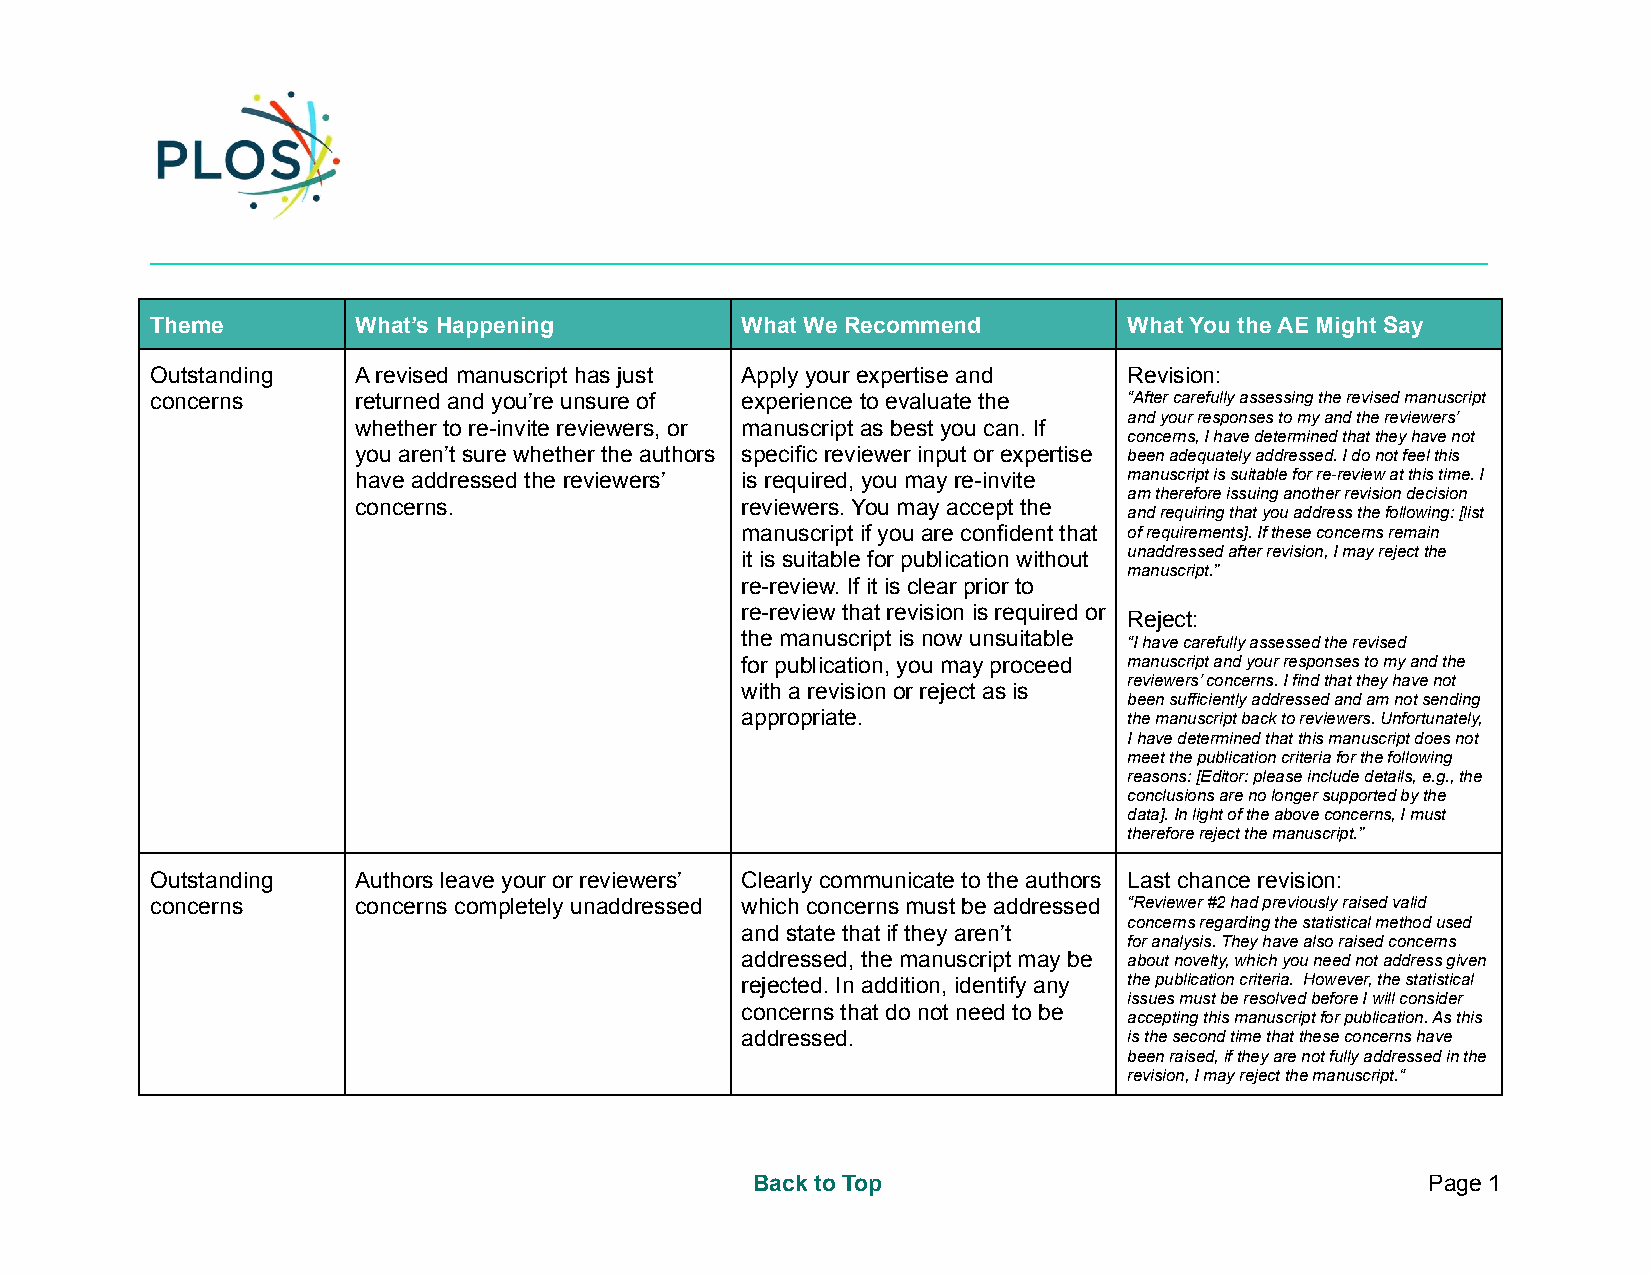
_________________________________________________________________________________________________________
 Theme        What’s Happening          What We Recommend         What You the AE Might Say
 Outstanding  A revised manuscript has just Apply your expertise and Revision:
 concerns     returned and you’re unsure of experience to evaluate the “After carefully assessing the revised manuscript
 and your responses to my and the reviewers’
 whether to re-invite reviewers, or manuscript as best you can. If
 concerns, I have determined that they have not
 you aren’t sure whether the authors specific reviewer input or expertise been adequately addressed. I do not feel this
 have addressed the reviewers’ is required, you may re-invite manuscript is suitable for re-review at this time.I
 am therefore issuing another revision decision
 concerns.                 reviewers. You may accept the
 and requiring that you address the following: [list
 manuscript if you are confident that of requirements]. If these concerns remain
 it is suitable for publication without unaddressed after revision, I may reject the
 manuscript.”
 re-review. If it is clear prior to
 re-review that revision is required or
 Reject:
 the manuscript is now unsuitable “I have carefully assessed the revised
 for publication, you may proceed manuscript and your responses to my and the
 reviewers’ concerns. I find that they have not
 with a revision or reject as is
 been sufficiently addressed and am not sending
 appropriate.              the manuscript back to reviewers. Unfortunately,
 I have determined that this manuscript does not
 meet the publication criteria for the following
 reasons: [Editor: please include details, e.g., the
 conclusions are no longer supported by the
 data]. In light of the above concerns, I must
 therefore reject the manuscript.”
 Outstanding  Authors leave your or reviewers’ Clearly communicate to the authors Last chance revision:
 concerns     concerns completely unaddressed which concerns must be addressed “Reviewer #2 had previously raised valid
 concerns regarding the statistical method used
 and state that if they aren’t
 for analysis. They have also raised concerns
 addressed, the manuscript may be about novelty, which you need not address given
 rejected. In addition, identify any the publication criteria. However, the statistical
 issues must be resolved before I will consider
 concerns that do not need to be
 accepting this manuscript for publication. As this
 addressed.                is the second time that these concerns have
 been raised, if they are not fully addressed in the
 revision, I may reject the manuscript.“
 Back to Top                                  Page 1